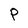
Character: P